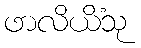
ဖာလိယိံသု